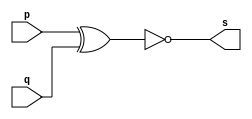
// -------------------------
// Exemplo0008 - XNOR
// Nome: HERBERT ALVES BATISTA
// -------------------------
// -------------------------
// -- xnor gate
// -------------------------
module xnorgate (output s,
input p,
input q);
assign s = (~(p^q));
endmodule // xnor
// ---------------------
// -- test xnorgate
// ---------------------
module testxnorgate;
// ------------------------- dados locais
reg a,b; // definir registrador
wire s; // definir conexao (fio)
// ------------------------- instancia
xnorgate XNOR1 (s, a, b);
// ------------------------- preparacao
initial begin:start
a=0; b=0;
end
// ------------------------- parte principal
initial begin:main
$display("Exemplo0008 - Herbert Alves - 461971");
$display("Test xnor gate");
$display("\n ~(a ^ b) = s\n");
$monitor("~(%b ^ %b) = %b", a, b, s);

#1 a=0; b=1;
#1 a=1; b=0;
#1 a=1; b=1;
end
endmodule // testxnorgate